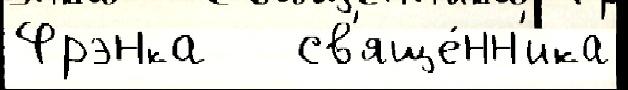
Фрэнка   св'яще́нн'ика